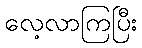
လေ့လာကြပြီး